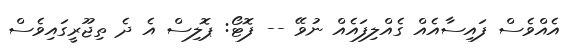
އެއްވެސް ފައިސާއެއް ގެއްލިފައެއް ނުވޭ -- ފޮޓޯ: ޕޮލިސް އެ ދެ ތިޖޫރީގައިވެސް